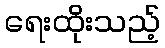
ရေးထိုးသည့်